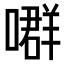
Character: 𡀳